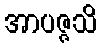
အာပဇ္ဇသိ